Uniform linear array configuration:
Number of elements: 24
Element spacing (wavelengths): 0.25
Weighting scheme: binomial
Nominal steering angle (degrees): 0
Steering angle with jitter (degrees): -1.633
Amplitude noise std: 0.05
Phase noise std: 0.05

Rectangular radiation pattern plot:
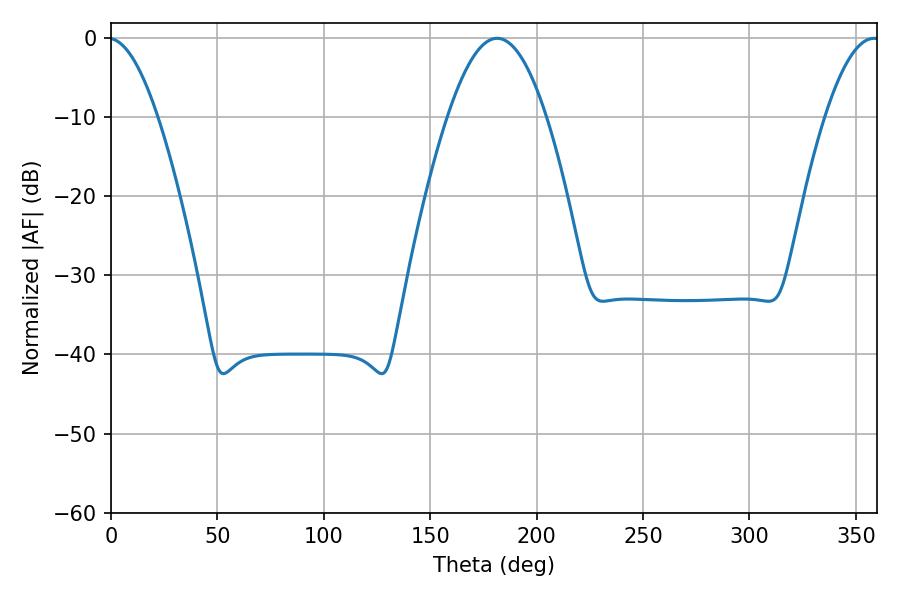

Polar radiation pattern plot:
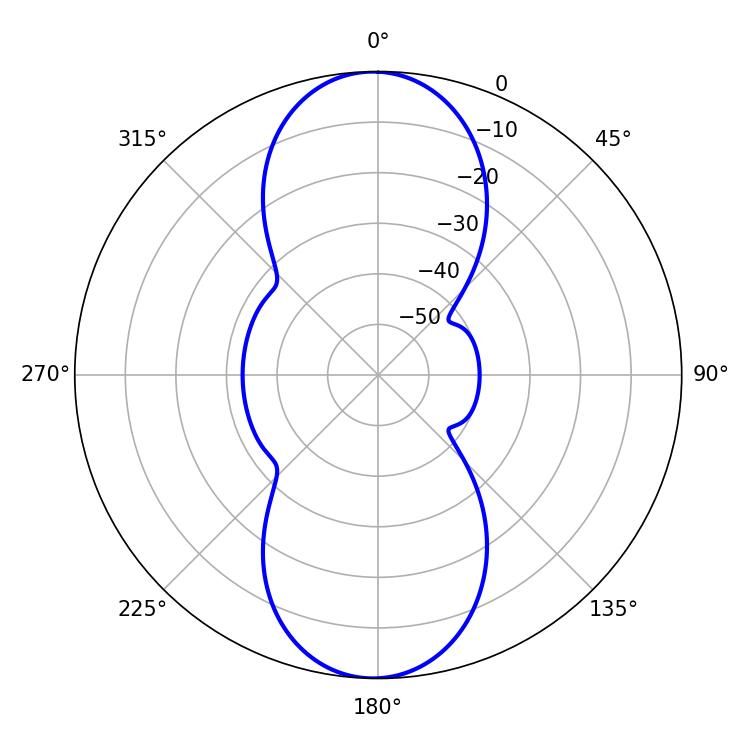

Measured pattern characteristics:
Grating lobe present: FALSE
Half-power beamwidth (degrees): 25.2
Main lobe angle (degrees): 181.44